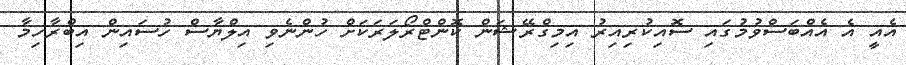
އެއީ އެ އެއްބަސްވުމުގައި ސޮއިކުރިއިރު އިމިގްރޭޝަން ކޮންޓްރޯލަރަކަށް ހުންނެވި އިލްޔާސް ހުސައިން އިބްރާހިމާ